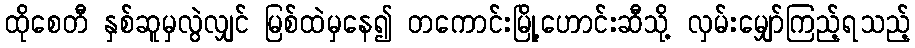
ထိုစေတီ နှစ်ဆူမှလွဲလျှင် မြစ်ထဲမှနေ၍ တကောင်းမြို့ဟောင်းဆီသို့ လှမ်းမျှော်ကြည့်ရသည့်